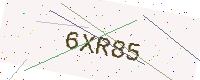
Text: 6XR85